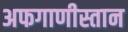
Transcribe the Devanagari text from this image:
अफगाणीस्तान